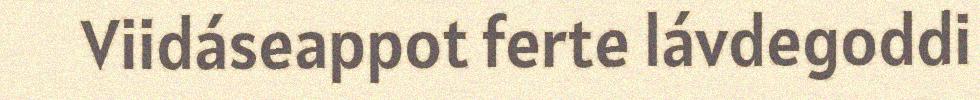
Viidáseappot ferte lávdegoddi